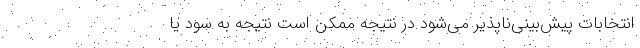
انتخابات پیش‌بینی‌ناپذیر می‌شود در نتیجه ممکن است نتیجه به سود یا